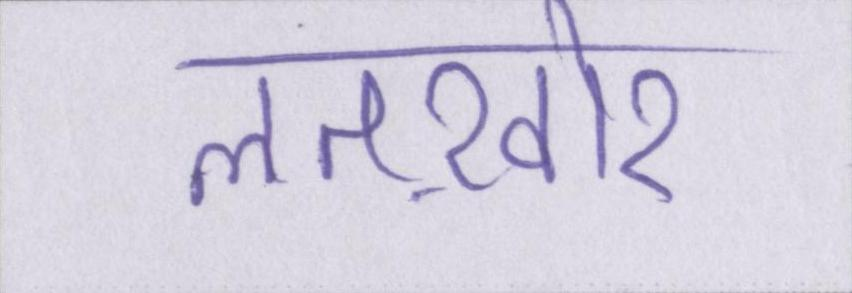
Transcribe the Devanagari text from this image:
लतख़ोर